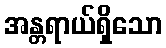
အန္တရာယ်ရှိသော